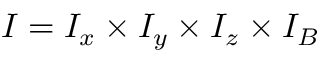
I = I _ { x } \times I _ { y } \times I _ { z } \times I _ { B }